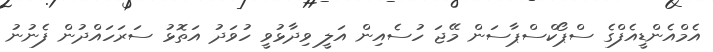
އެމްއެންޑީއެފްގެ ސްޕޯކްސްޕާސަން މޭޖަ ހުސެއިން އަލީ ވިދާޅުވީ ހުވަދު އަތޮޅު ސަރަހައްދުން ފެނުނު